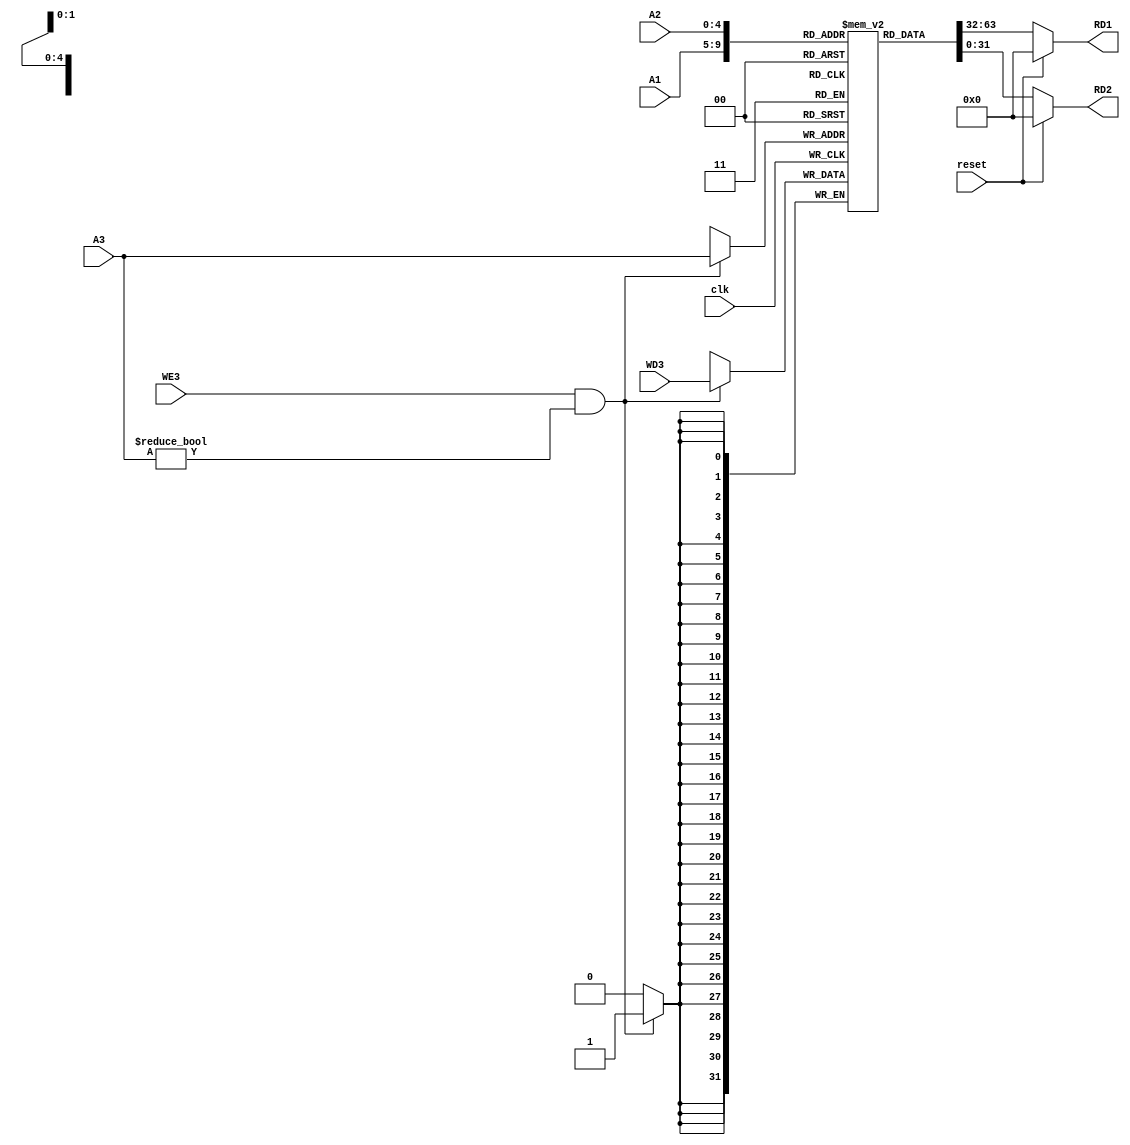
module register_file(A1,A2,A3,clk,reset,RD1,RD2,WD3,WE3);

    input[4:0] A1,A2,A3;
    input clk,reset,WE3;
    input[31:0] WD3;
    output [31:0]RD1,RD2;
    reg[31:0] register[31:0];
    
    initial begin
        // register[5] <= 32'h24360789;
        // register[6] <= 32'h00000004;
        register[0] <= 32'h00000000;
        register[1] <= 32'h00000000;
        register[5] <= 32'h00000100;
        register[6] <= 32'h00000200;
        register[7] <= 32'h00000300;
        register[10] <= 32'h00000000;
    end

    assign RD1 = (reset == 1'b1) ? 32'd0 : register[A1];
    assign RD2 = (reset == 1'b1) ? 32'd0 : register[A2];

    always@ (negedge clk) begin
        if((WE3 == 1'b1) & (A3 != 5'h00)) begin
            register[A3] <= WD3;
            
        end
    end


endmodule